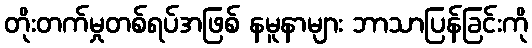
တိုးတက်မှုတစ်ရပ်အဖြစ် နမူနာများ ဘာသာပြန်ခြင်းကို